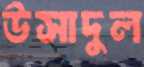
উসাদুল